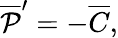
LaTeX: {\overline{{{\cal P}}}}^{\prime}=-\overline{{C}},